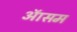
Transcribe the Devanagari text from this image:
ऑसम